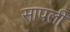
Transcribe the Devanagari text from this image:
सापली